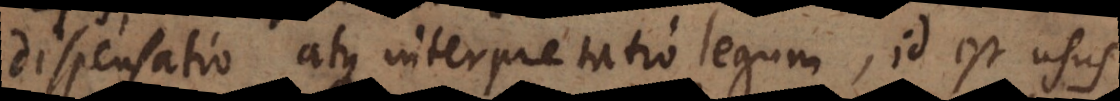
dispensatio atque interpretatio legum, id est usus